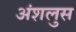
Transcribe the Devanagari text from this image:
अंशलुस